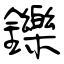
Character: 鑠